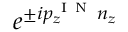
e ^ { \pm i p _ { z } ^ { \mathrm { ~ I ~ N ~ } } n _ { z } }